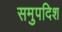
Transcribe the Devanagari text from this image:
समुपदिश